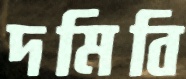
দমিবি